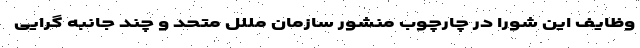
وظایف این شورا در چارچوب منشور سازمان مللل متحد و چند جانبه گرایی